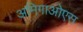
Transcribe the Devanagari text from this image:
अमिगाओएस